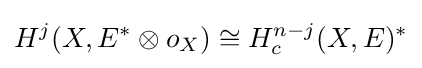
H^{j}(X,E^{*}\otimes o_{X})\cong H_{c}^{n-j}(X,E)^{*}